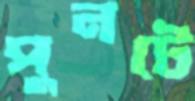
পুনটে